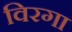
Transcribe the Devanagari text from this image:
विरगा